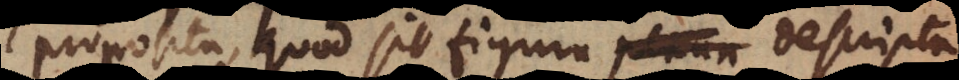
proposita, quod sit figura descripta